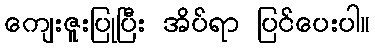
ကျေးဇူးပြုပြီး အိပ်ရာ ပြင်ပေးပါ။